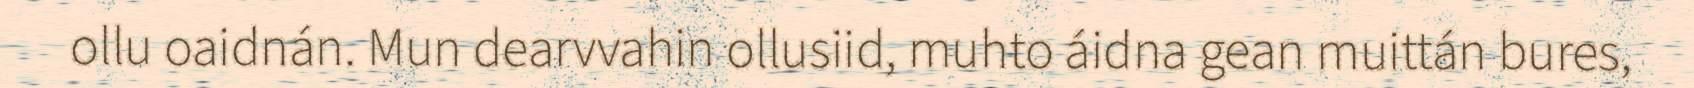
ollu oaidnán. Mun dearvvahin ollusiid, muhto áidna gean muittán bures,